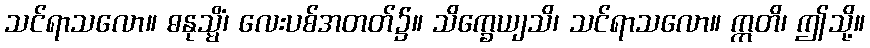
သင်ရာသလော။ ဓနုသ္မိံ၊ လေးပစ်အတတ်၌။ သိက္ခေယျသိ၊ သင်ရာသလော။ ဣတိ၊ ဤသို့။